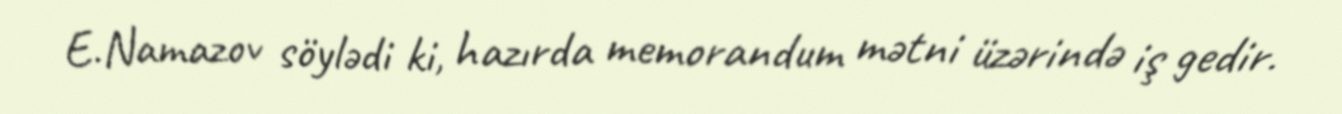
E.Namazov söylədi ki, hazırda memorandum mətni üzərində iş gedir.